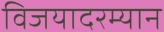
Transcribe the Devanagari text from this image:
विजयादरम्यान